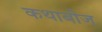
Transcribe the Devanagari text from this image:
कथाबीज